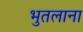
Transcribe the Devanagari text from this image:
भुतलाना